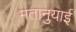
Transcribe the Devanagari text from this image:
मतानुयाई